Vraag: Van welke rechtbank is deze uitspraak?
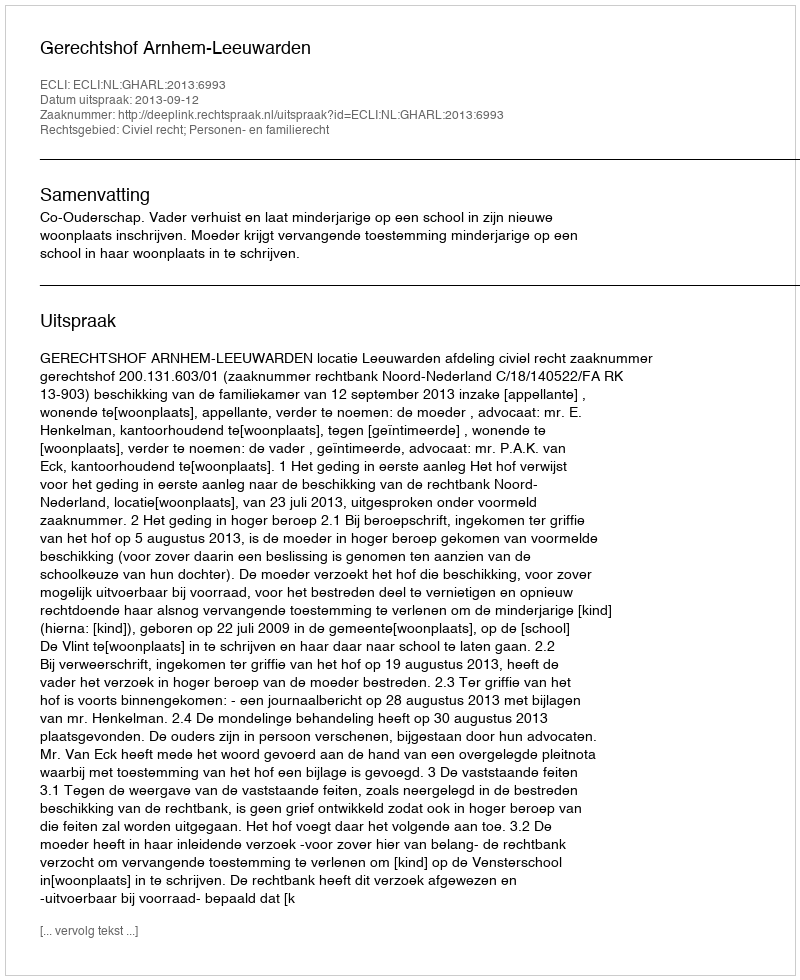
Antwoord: Gerechtshof Arnhem-Leeuwarden